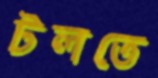
টলতে